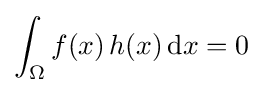
\int _{\Omega }f(x)\,h(x)\,\mathrm {d} x=0